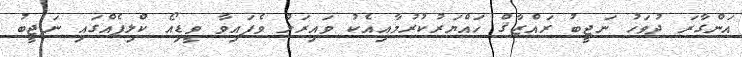
އަންގާރަ ދުވަހު ނަޖީބު ރައްޒާޤް ހައްޔަރުކުރުމާއިއެކު ވައިރަލް ވެފައިވާ ވީޑިއޯ ކްލިޕެއްގައި ނަޖީބު